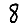
Digit: 8